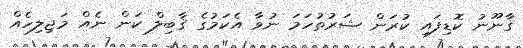
ޤާނޫނު ކޮޑިފައި ކުރަން ޝަރުތުހަމަ ނުވާ އެކަމުގެ ޤާބިލް ކަން ނެއް މަޖިލިހެއް